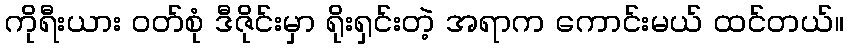
ကိုရီးယား ဝတ်စုံ ဒီဇိုင်းမှာ ရိုးရှင်းတဲ့ အရာက ကောင်းမယ် ထင်တယ်။